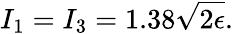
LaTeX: I_{1}=I_{3}=1.38\sqrt{2\epsilon}.